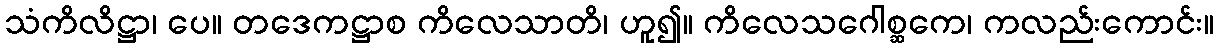
သံကိလိဋ္ဌာ၊ ပေ။ တဒေကဋ္ဌာစ ကိလေသာတိ၊ ဟူ၍။ ကိလေသဂေါစ္ဆကေ၊ ကလည်းကောင်း။